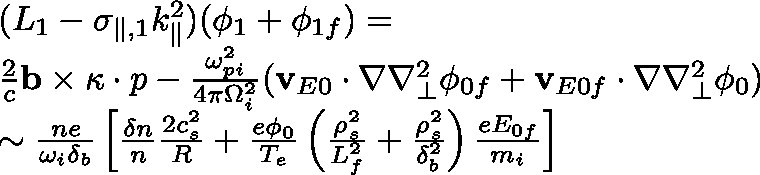
\begin{array} { r l } & { ( L _ { 1 } - \sigma _ { \parallel , 1 } k _ { \parallel } ^ { 2 } ) ( \phi _ { 1 } + \phi _ { 1 f } ) = } \\ & { \frac { 2 } { c } \mathbf { b } \times \mathbf { \kappa } \cdot p - \frac { \omega _ { p i } ^ { 2 } } { 4 \pi \Omega _ { i } ^ { 2 } } ( \mathbf { v } _ { E 0 } \cdot \nabla \nabla _ { \perp } ^ { 2 } \phi _ { 0 f } + \mathbf { v } _ { E 0 f } \cdot \nabla \nabla _ { \perp } ^ { 2 } \phi _ { 0 } ) } \\ & { \sim \frac { n e } { \omega _ { i } \delta _ { b } } \left[ \frac { \delta n } { n } \frac { 2 c _ { s } ^ { 2 } } { R } + \frac { e \phi _ { 0 } } { T _ { e } } \left( \frac { \rho _ { s } ^ { 2 } } { L _ { f } ^ { 2 } } + \frac { \rho _ { s } ^ { 2 } } { \delta _ { b } ^ { 2 } } \right) \frac { e E _ { 0 f } } { m _ { i } } \right] } \end{array}